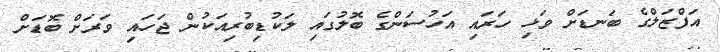
އަފްޒަލްގެ ބަނޑަށް ވަޅި ހަރައި އަހުސަންގެ ބޮލުގައި ލަކުޑިބުރިއަކުން ޖަހައި ވަރަށް ބޮޑަށް